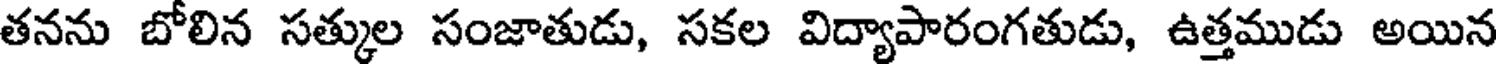
తనను బోలిన సత్కుల సంజాతుడు, సకల విద్యాపారంగతుడు, ఉత్తముడు అయిన